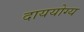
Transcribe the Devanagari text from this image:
दाययोग्य